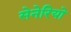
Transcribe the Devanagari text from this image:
सेनेरियो